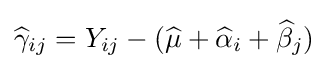
{\widehat {\gamma }}_{ij}=Y_{ij}-({\widehat {\mu }}+{\widehat {\alpha }}_{i}+{\widehat {\beta }}_{j})